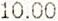
10.00